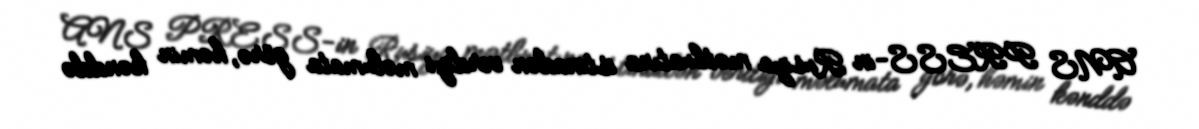
ANS PRESS-in Rusiya mətbuatına istinadən verdiyi məlumata görə, həmin kənddə